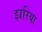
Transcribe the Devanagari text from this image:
झ्ररिया